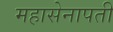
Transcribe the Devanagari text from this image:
महासेनापती